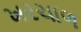
ખરચાળ